Annual administration and progress report of the Indian Medical Department, Bombay
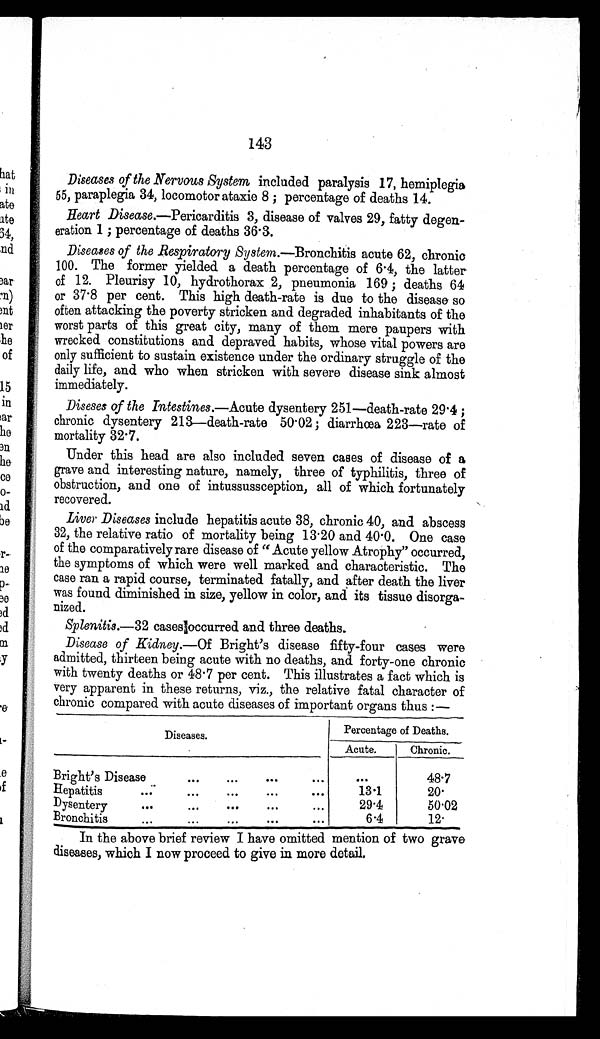
143
Diseases of the Nervous System included paralysis 17, hemiplegia
55, paraplegia 34, locomotor ataxie 8; percentage of deaths 14.
Heart Disease.—Pericarditis 3, disease of valves 29, fatty degen
-eration 1; percentage of deaths 36.3.
Diseases of the Respiratory System.—Bronchitis acute 62, chronic
100. The former yielded a death percentage of 6.4, the latter
of 12. Pleurisy 10, hydrothorax 2, pneumonia 169; deaths 64
or 37.8 per cent. This high death-rate is due to the disease so
often attacking the poverty stricken and degraded inhabitants of the
worst parts of this great city, many of them mere paupers with
wrecked constitutions and depraved habits, whose vital powers are
only sufficient to sustain existence under the ordinary struggle of the
daily life, and who when stricken with severe disease sink almost
immediately.
Diseses of the Intestines.—Acute dysentery 251—death-rate 29.4;
chronic dysentery 213—death-rate 50.02; diarrhœa 223—rate of
mortality 32.7.
Under this head are also included seven cases of disease of a
grave and interesting nature, namely, three of typhilitis, three of
obstruction, and one of intussussception, all of which fortunately
recovered.
Liver Diseases include hepatitis acute 38, chronic 40, and abscess
32, the relative ratio of mortality being 13.20 and 40.0. One case
of the comparatively rare disease of "Acute yellow Atrophy" occurred,
the symptoms of which were well marked and characteristic. The
case ran a rapid course, terminated fatally, and after death the liver
was found diminished in size, yellow in color, and its tissue disorga
- n i z e d .
Splenitis.—32 cases occurred and three deaths.
Disease of Kidney.— Of Bright's disease fifty-four cases were
admitted, thirteen being acute with no deaths, and forty-one chronic
with twenty deaths or 48.7 per cent. This illustrates a fact which is
very apparent in these returns, viz., the relative fatal character of
chronic compared with acute diseases of important organs thus:—
Diseases.
Percentage of Deaths.
Acute.
Chronic.
Bright's Disease . . .
. . .
48.7
Hepatitis . . .
13.1
20.
29.4
50.02
Bronchitis . . .
6.4
12.
In the above brief review I have omitted mention of two grave
diseases, which I now proceed to give in more detail.